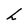
Character: h